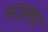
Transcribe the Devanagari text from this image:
तउतार